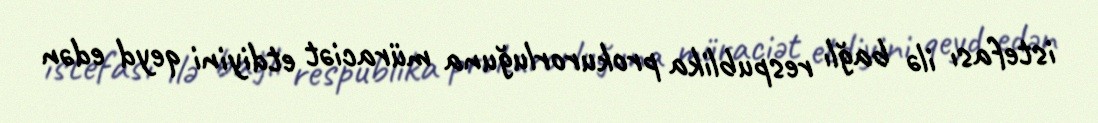
istefası ilə bağlı respublika prokurorluğuna müraciət etdiyini qeyd edən